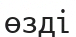
өзді